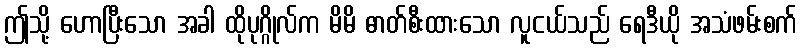
ဤသို့ ဟောပြီးသော အခါ ထိုပုဂ္ဂိုလ်က မိမိ ဓာတ်စီးထားသော လူငယ်သည် ရေဒီယို အသံဖမ်းစက်